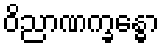
ဝိညာဏက္ခန္ဓော